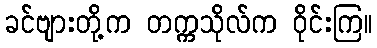
ခင်ဗျားတို့က တက္ကသိုလ်က ဝိုင်းကြ။